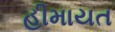
હીમાયત